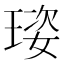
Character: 𤦾